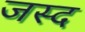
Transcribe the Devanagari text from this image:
जस्द